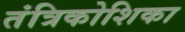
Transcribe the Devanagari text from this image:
तंत्रिकोशिका